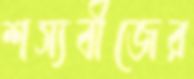
শস্যবীজের